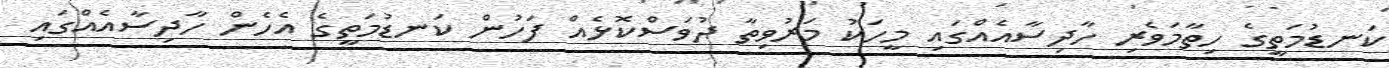
ކަނޑުމަތީގެ ހިތާމަވެރި ހާދިސާއެއްގައި މީހަކު މަރުވިތާ ދުވަސްކޮޅެއް ފަހުން ކަނޑުމަތީގެ އެހެން ހާދިސާއެއްގައި